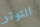
التوتر